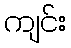
ကျင်း